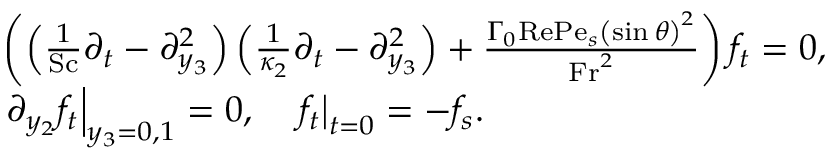
\begin{array} { r l } & { \left( \left( \frac { 1 } { \mathrm { S c } } \partial _ { t } - \partial _ { y _ { 3 } } ^ { 2 } \right) \left( \frac { 1 } { \kappa _ { 2 } } \partial _ { t } - \partial _ { y _ { 3 } } ^ { 2 } \right) + \frac { \Gamma _ { 0 } \mathrm { R e } \mathrm { P e } _ { s } \left( \sin \theta \right) ^ { 2 } } { \mathrm { F r } ^ { 2 } } \right) f _ { t } = 0 , } \\ & { \left. \partial _ { y _ { 2 } } f _ { t } \right| _ { y _ { 3 } = 0 , 1 } = 0 , \quad \left. f _ { t } \right| _ { t = 0 } = - f _ { s } . } \end{array}